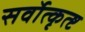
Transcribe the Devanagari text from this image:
सर्वोत्कृत्ष्ट